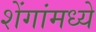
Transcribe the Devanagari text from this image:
शेंगांमध्ये